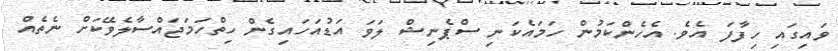
ވައިގައި ހިފާފަ އެވެ. އެހެންކަމުން ހަމައެކަނި ސްޕެނިޝް ލަވަ އަޑުއަހައިގެން ހިތްހަމަޖައްސާލެވޭކަށް ނެތެއް